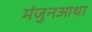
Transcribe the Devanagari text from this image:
मंजुनआथा